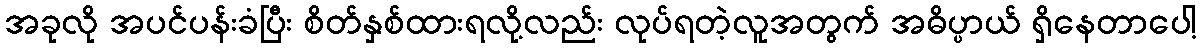
အခုလို အပင်ပန်းခံပြီး စိတ်နှစ်ထားရလို့လည်း လုပ်ရတဲ့လူအတွက် အဓိပ္ပာယ် ရှိနေတာပေါ့